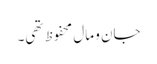
جان و مال محفوظ تھی۔